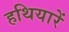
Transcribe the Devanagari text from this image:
हथियारें